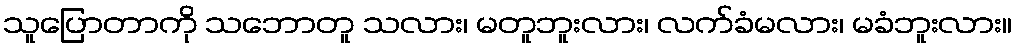
သူပြောတာကို သဘောတူ သလား၊ မတူဘူးလား၊ လက်ခံမလား၊ မခံဘူးလား။